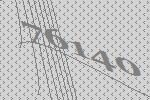
76140